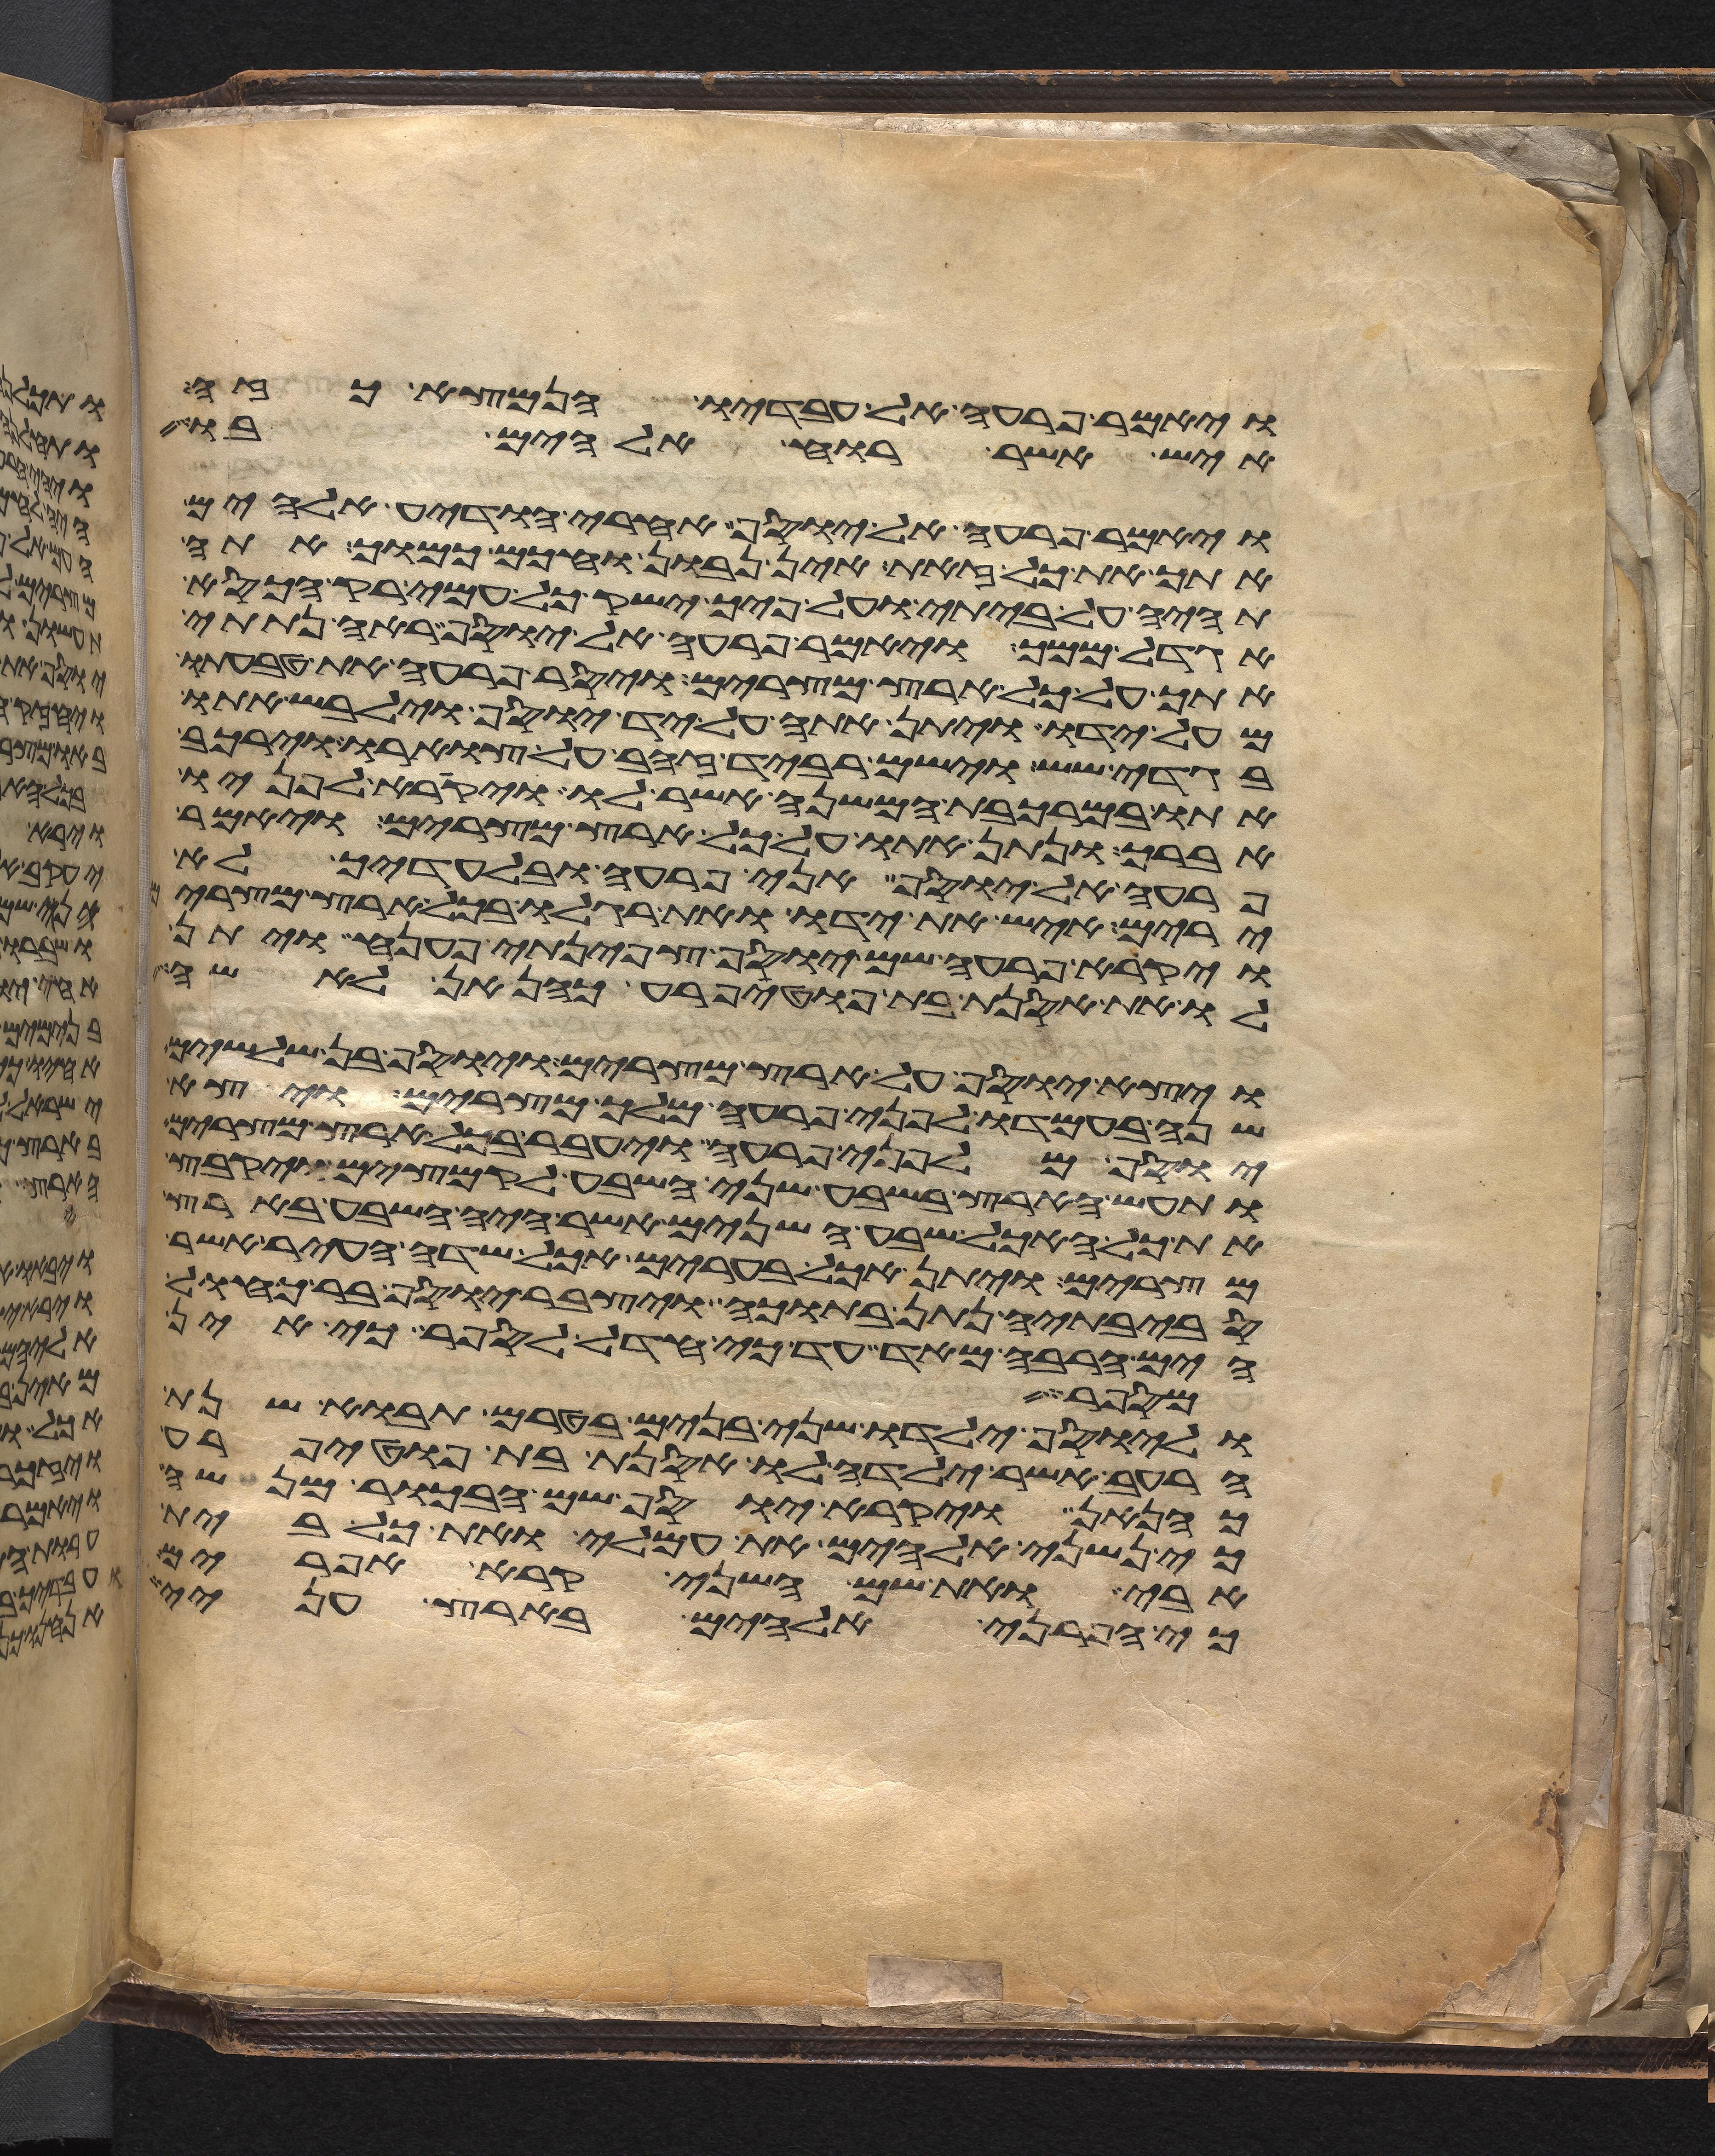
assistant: ויאמר פרעה אל עבדיו הנמצא כזה
איש אשר רוח אלהים בו
ויאמר פרעה אל יוסף אחרי הודיע אלהים
אתך את כל זאת אין נבון וחכום כמוך אתה
תהיה על ביתי ועל פיך ישק כל עמי רק הכסא
אגדל ממך ויאמר פרעה אל יוסף ראה נתתי
אתך על כל ארץ מצרים ויסר פרעה את טבעתו
מעל ידו ויתן אתה על יד יוסף וילבש אתו
בגדי שש וישם רביד זהב על צוארו וירכב
אתו במרכבת המשנה אשר לו ויקרא לפניו
אברך ונתן אתו על כל ארץ מצרים ויאמר
פרעה אל יוסף אני פרעה ובלעדיך לא
ירים איש את ידו ואת רגלו בכל ארץ מצרים
ויקרא פרעה שם יוסף צפינתי פענה ויתן
לו את אסנת בת פוטיפרע כהן אן לאשה
ויצא יוסף על ארץ מצרים ויוסף בן שלשים
שנה בעמדו לפני פרעה מלך מצרים ויצא
יוסף מלפני פרעה ויעבר בכל ארץ מצרים
ותעש הארץ בשבע שני השבע לקמצים ויקבץ
את כל האכל שבע השנים אשר היה השבע בארץ
מצרים ויתן אכל בערים אכל שדה העיר אשר
סביבתיה נתן בתוכה ויצבר יוסף בר כחול
הים הרבה מאד עד כי חדל לספר כי אין
מספר
וליוסף ילדו שני בנים בטרם תבוא שנת
הרעב אשר ילדה לו אסנת בת פוטיפרע
כהנאן ויקרא יוסף שם הבכור מנשה
כי נשני אלהים את עמלי ואת כל בית
אבי ואת שם השני קרא אפרים
כי הפרני אלהים בארץ עניי